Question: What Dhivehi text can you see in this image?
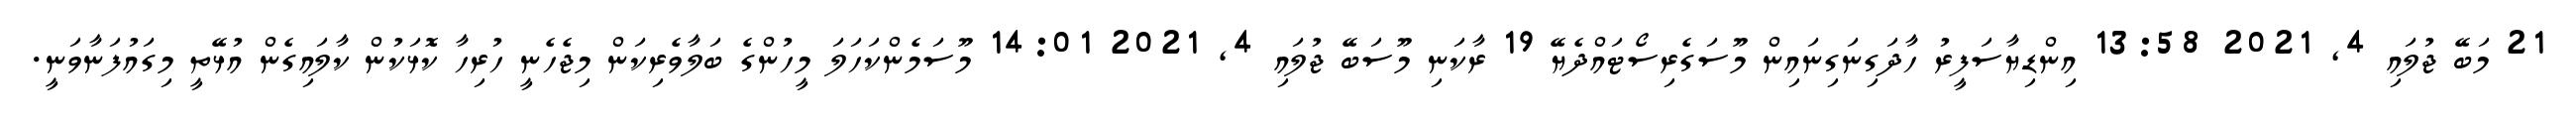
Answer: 21 މަބޭ ޖުލައި 4, 2021 13:58 އިންޑިޔާސަފީރު ހާދަގިނަގިނައިން މޫސަގެރިސޯޓައްދެޔޭ 19 ރާކަނި މޫސަބޭ ޖުލައި 4, 2021 14:01 މޫސަމެންކަހަލަ މީހުންގެ ބަލާވެރިކަން މިޖެހެނީ ހުރިހާ ކޮޅަކުން ކާލައިގެން އުޅޭތީ މިގައުފަނާވަނީ.